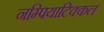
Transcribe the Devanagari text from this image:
नम्पियाटिक्कल